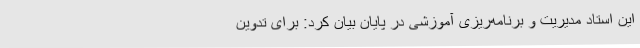
این استاد مدیریت و برنامه‌ریزی آموزشی در پایان بیان کرد: برای تدوین